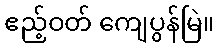
ဧည့်ဝတ် ကျေပွန်မြဲ။